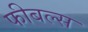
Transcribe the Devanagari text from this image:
फीबल्स